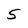
Character: 5